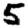
Digit: 5